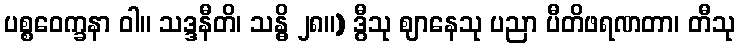
ပစ္စဝေက္ခနာ ဝါ။ သဒ္ဒနီတိ၊ သန္ဓိ ၂၈။) ဒွီသု ဈာနေသု ပညာ ပီတိဖရဏတာ၊ တီသု